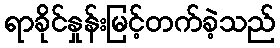
ရာခိုင်နှုန်းမြင့်တက်ခဲ့သည်